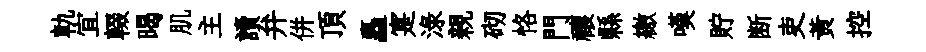
軌宜輟暍肌主讀弁併頂矗寔渌親砌恪門禳縣繳嘆貯断吏黄控